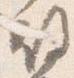
故